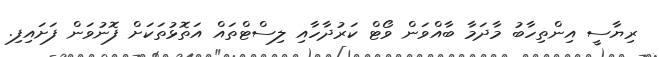
ރިޔާސީ އިންތިހާބު މާދަމާ ބާއްވަން ވޯޓް ކަރުދާހާއި ލިސްޓްތައް އަތޮޅުތަކަށް ފޮނުވަން ފަށައިފި.